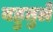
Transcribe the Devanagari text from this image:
बहुतुले